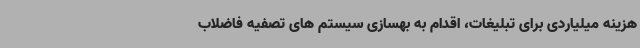
هزینه میلیاردی برای تبلیغات، اقدام به بهسازی سیستم های تصفیه فاضلاب